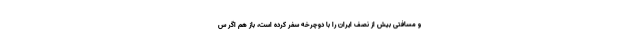
و مسافتی بیش از نصف ایران را با دوچرخه سفر کرده است، باز هم اگر س